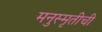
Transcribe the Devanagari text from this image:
मनुस्मृतीची